Civil Veterinary Department. United Provinces 1932-42 - 1932-1942
Year: 1932
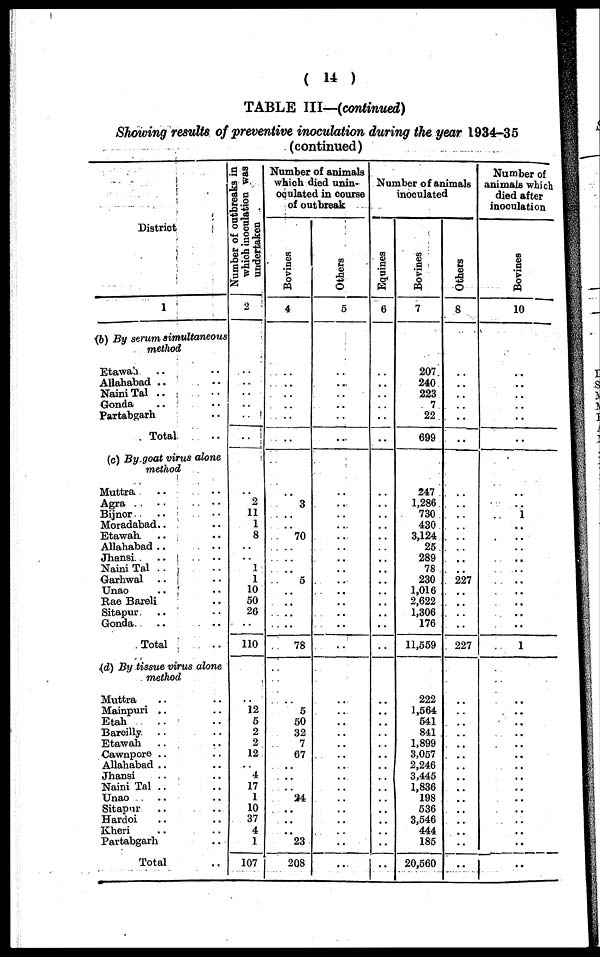
( 14 )
TABLE III—(continued)
Showing results of preventive inoculation during the year 1934-35
(continued)
District
1
(b) By strum simultaneous
method
Etawah .. ..
Allahabad .. ..
Naini Tal .. ..
Gonda .. ..
Partabgarh ..
Total ..
(c) By.goat virus alone
method
Muttra .. ..
Agra
Bijnor .. ..
Moradabad .. ..
Etawah .. ..
Allahabad .. ..
Jhansi .. ..
Naini Tal .. ..
Garhwal .. ..
Unao .. ..
Rae Bareli ..
Sitapur .. ..
Gonda
.. ..
Total ..
(d) By tissue virus alone
method
Muttra .. ..
Mainpuri .. ..
Etah ... ..
Bareilly .. ..
Etawah .. ..
Cawnpore .. ..
Allahabad
Jhansi .. ..
Naini Tal .. ..
Unao.. ..
Sitapnr .. ..
Hardoi .. ..
Kheri .. ..
Partabgarh .. ..
Total ..
Number of outbreaks in
which inoculation was
undertaken
2
..
..
..
..
..
..
..
2
11
1
8
..
..
1
1
10
50
26
..
110
..
12
5
2
2
12
..
4
17
1
10
37
4
1
107
Number of animals
which died unin-
oculated in course
of outbreak
Bovines
4
..
..
..
..
..
..
..
3
..
..
70
..
..
..
5
..
..
..
..
78
..
5
50
32
7
67
..
..
..
24
..
..
..
23
208
Others
5
..
..
..
..
..
..
..
..
..
..
..
..
..
..
..
..
..
..
..
..
..
..
..
..
..
..
..
..
..
..
..
..
..
..
..
Number of animals
inoculated
Equines
6
..
..
..
..
..
..
..
..
..
..
..
..
..
..
..
..
..
..
..
..
..
..
..
..
..
..
..
..
..
..
..
..
..
..
..
Bovines
7
207
240
223
7
22
699
247
1,286
730
430
3,124
25
289
78
230
1,016
2,622
1,306
176
11,559
222
1,564
541
841
1,899
3,057
2,246
3,445
1,836
198
536
3,546
444
185
20,560
Others
8
..
..
..
..
..
..
..
..
..
..
..
..
..
..
227
..
..
..
..
227
..
..
..
..
..
..
..
..
..
..
..
..
..
..
..
Number of
animals which
died after
inoculation
Bovines
10
..
..
..
..
..
..
..
..
1
..
..
..
..
..
..
..
..
..
..
1
..
..
..
..
..
..
..
..
..
..
..
..
..
..
..